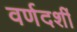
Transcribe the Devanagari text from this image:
वर्णदर्शी